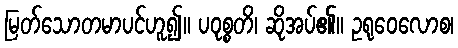
မြတ်သောတမာပင်ဟူ၍။ ပဝုစ္စတိ၊ ဆိုအပ်၏။ ဥရုဝေလောစ၊